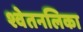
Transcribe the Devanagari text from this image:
श्वेतनलिका